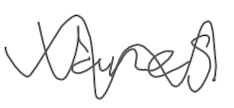
Text: vanes
Cross-out: wave
Writing tool: digital_gray